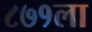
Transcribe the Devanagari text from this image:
८७१ला